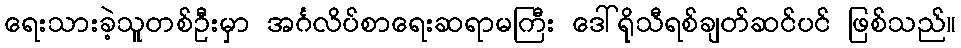
ရေးသားခဲ့သူတစ်ဦးမှာ အင်္ဂလိပ်စာရေးဆရာမကြီး ဒေါ်ရိုသီရစ်ချတ်ဆင်ပင် ဖြစ်သည်။